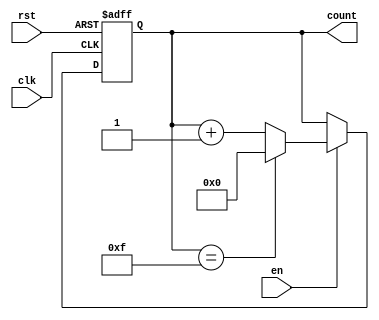
module multi_bit_counter #(
    parameter N = 4 // Parameter for the bit width of the counter (default is 4 bits)
)(
    input wire clk,     // Clock input
    input wire rst,     // Reset input (active-high)
    input wire en,      // Enable input
    output reg [N-1:0] count // N-bit output for the counter
);

// Maximum value for the counter (2^N - 1)
localparam MAX_COUNT = (1 << N) - 1;

// Always block triggered on the rising edge of the clock or reset
always @(posedge clk or posedge rst) begin
    if (rst) begin
        // Asynchronous reset
        count <= 0; // Reset counter to 0
    end else if (en) begin
        // Increment counter if enabled
        if (count == MAX_COUNT) begin
            count <= 0; // Wrap around to 0
        end else begin
            count <= count + 1; // Increment counter
        end
    end
    // If enable is low, count retains its current value
end

endmodule